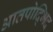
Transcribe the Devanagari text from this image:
आतपोद्भिद